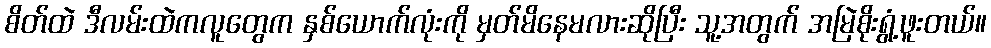
စိတ်ထဲ ဒီလမ်းထဲကလူတွေက နှစ်ယောက်လုံးကို မှတ်မိနေမလားဆိုပြီး သူ့အတွက် အမြဲစိုးရွံ့ဖူးတယ်။